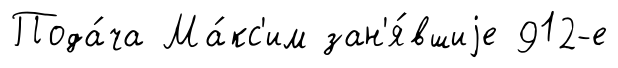
Пода́ча Ма́кс'им зан'я́вшиjе 912-е